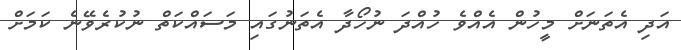
އަދި އެތަނަށް މީހުން އެއްވެ ހުއްދަ ނުހޯދާ އެތަނުގައި މަސައްކަތް ނުކުރެވޭނެ ކަމަށް